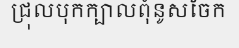
ជ្រុលបុកក្បាលពុំនូសចែក